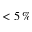
< 5 \, \%